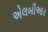
એલબીઆર